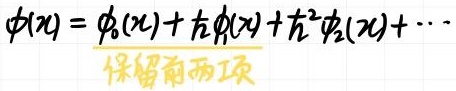
$\phi(x)=\phi_0(x)+\hbar\phi_1(x)+\hbar^2\phi_2(x)+\cdots$
保留前两项